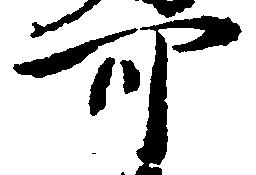
可